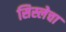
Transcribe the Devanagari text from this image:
सिस्लेचा